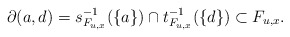
\begin{align*}\partial(a,d) = s^{-1}_{F_{u,x}}(\{a\})\cap t^{-1}_{F_{u,x}}(\{d\}) \subset F_{u,x}.\end{align*}